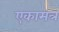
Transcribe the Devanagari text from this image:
एकामत्र